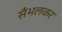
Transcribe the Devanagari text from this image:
सँभलकर